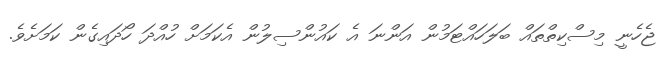
ޖެހެނީ މިސްކިތްތައް ބަލަހައްޓަމުން އަންނަ އެ ކައުންސިލުން އެކަމަށް ހުއްދަ ހޯދައިގެން ކަމަށެވެ.